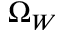
\Omega _ { W }